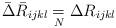
LaTeX: \begin{align*}\bar{\Delta} \bar{R}_{ijkl} \underset{N}{=}\Delta R_{ijkl}\end{align*}